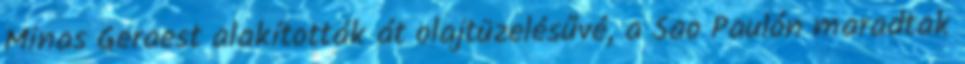
Minas Geraest alakították át olajtüzelésűvé, a Sao Paulón maradtak